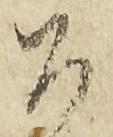
公